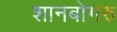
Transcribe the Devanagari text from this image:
शानबोगरु